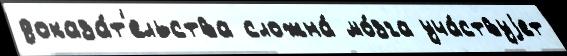
доказа́т'ельства сложна́ мо́зга уча́ствуjет